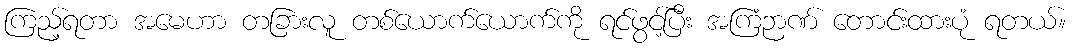
ကြည့်ရတာ အမေဟာ တခြားလူ တစ်ယောက်ယောက်ကို ရင်ဖွင့်ပြီး အကြံဉာဏ် တောင်းထားပုံ ရတယ်။